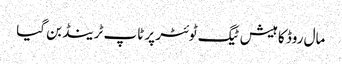
مال روڈ کا ہیش ٹیگ ٹوئٹر پر ٹاپ ٹرینڈ بن گیا